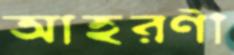
আহরণী